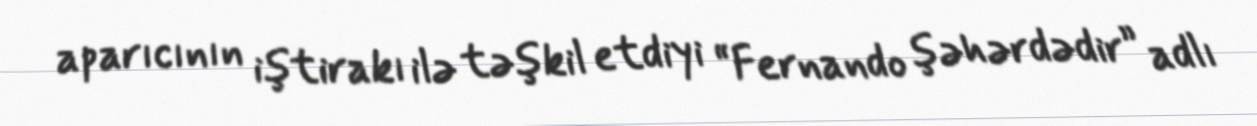
aparıcının iştirakı ilə təşkil etdiyi “Fernando şəhərdədir” adlı